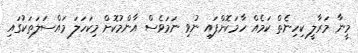
މީނާ މަރާލީ ކިހިނެތް ކަމެއް ހާމަކޮށްފައި ނުވި ނަމަވެސް އާންމުކޮށް މިކަހަލަ މައްސަލަތަކުގައި